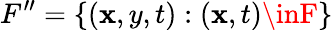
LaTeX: F^{\prime\prime}=\{ (\mathbf{x},y,t):(\mathbf{x},t)\inF\}